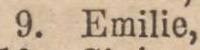
9. Emilie,